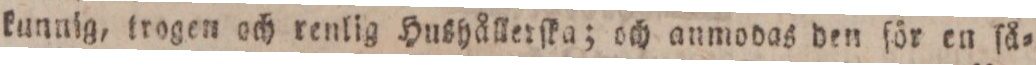
kunnig, trogen och renlig Hushållerſka; och anmodas den för en ſå=